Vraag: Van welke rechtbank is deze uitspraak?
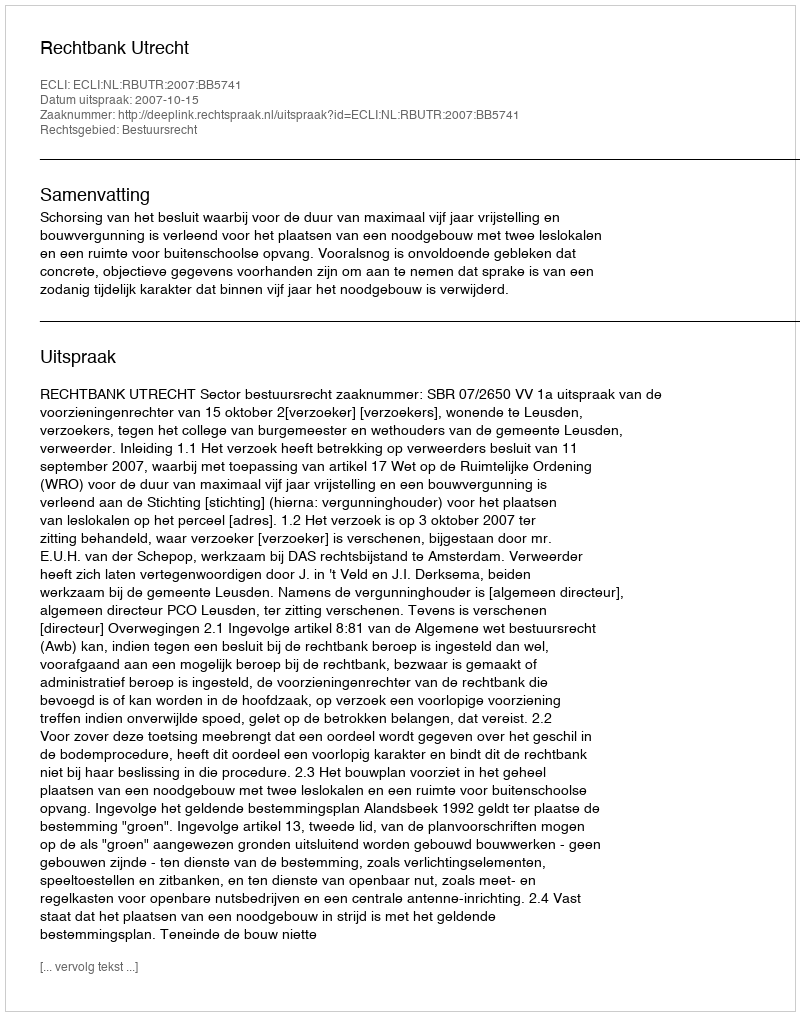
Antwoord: Rechtbank Utrecht